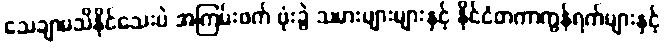
သေချာမသိနိုင်သေးပဲ အကြမ်းဖက် ဗုံးခွဲ သမားများများနှင့် နိုင်ငံတကာကွန်ရက်များနှင့်